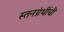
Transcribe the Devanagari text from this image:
स्तनग्रंथींची